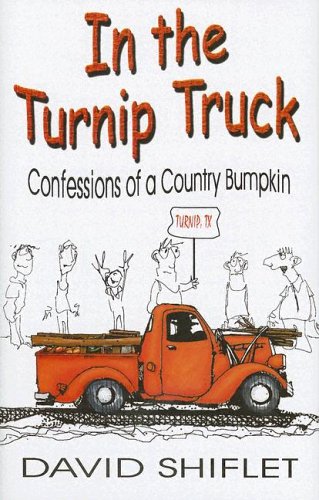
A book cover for In the Turnip Truck; David Shiflet; Humor & Entertainment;